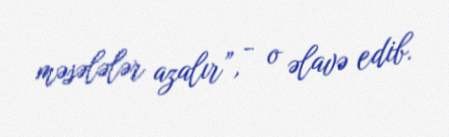
məsələlər azalır”, - o əlavə edib.